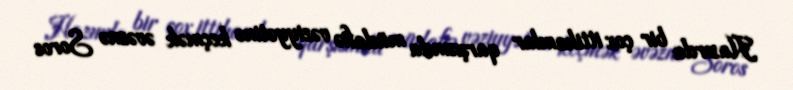
Hazırda bir çox ittihamlar qarşısında müdafiə vəziyyətinə keçmək əvəznə Soros